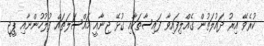
ކުރެވޭ އިރު ދައުލަތުން ގެއްލިފައިވާ ފައިސާތަކާއި ގުޅޭ ޖިނާއީ މައްސަލަތައް ފުލުހުންނާއި ޕީޖީ